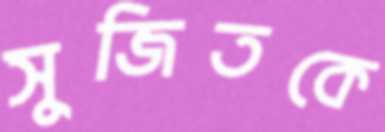
সুজিতকে